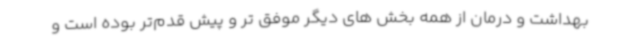
بهداشت و درمان از همه بخش های دیگر موفق تر و پیش قدم‌تر بوده است و